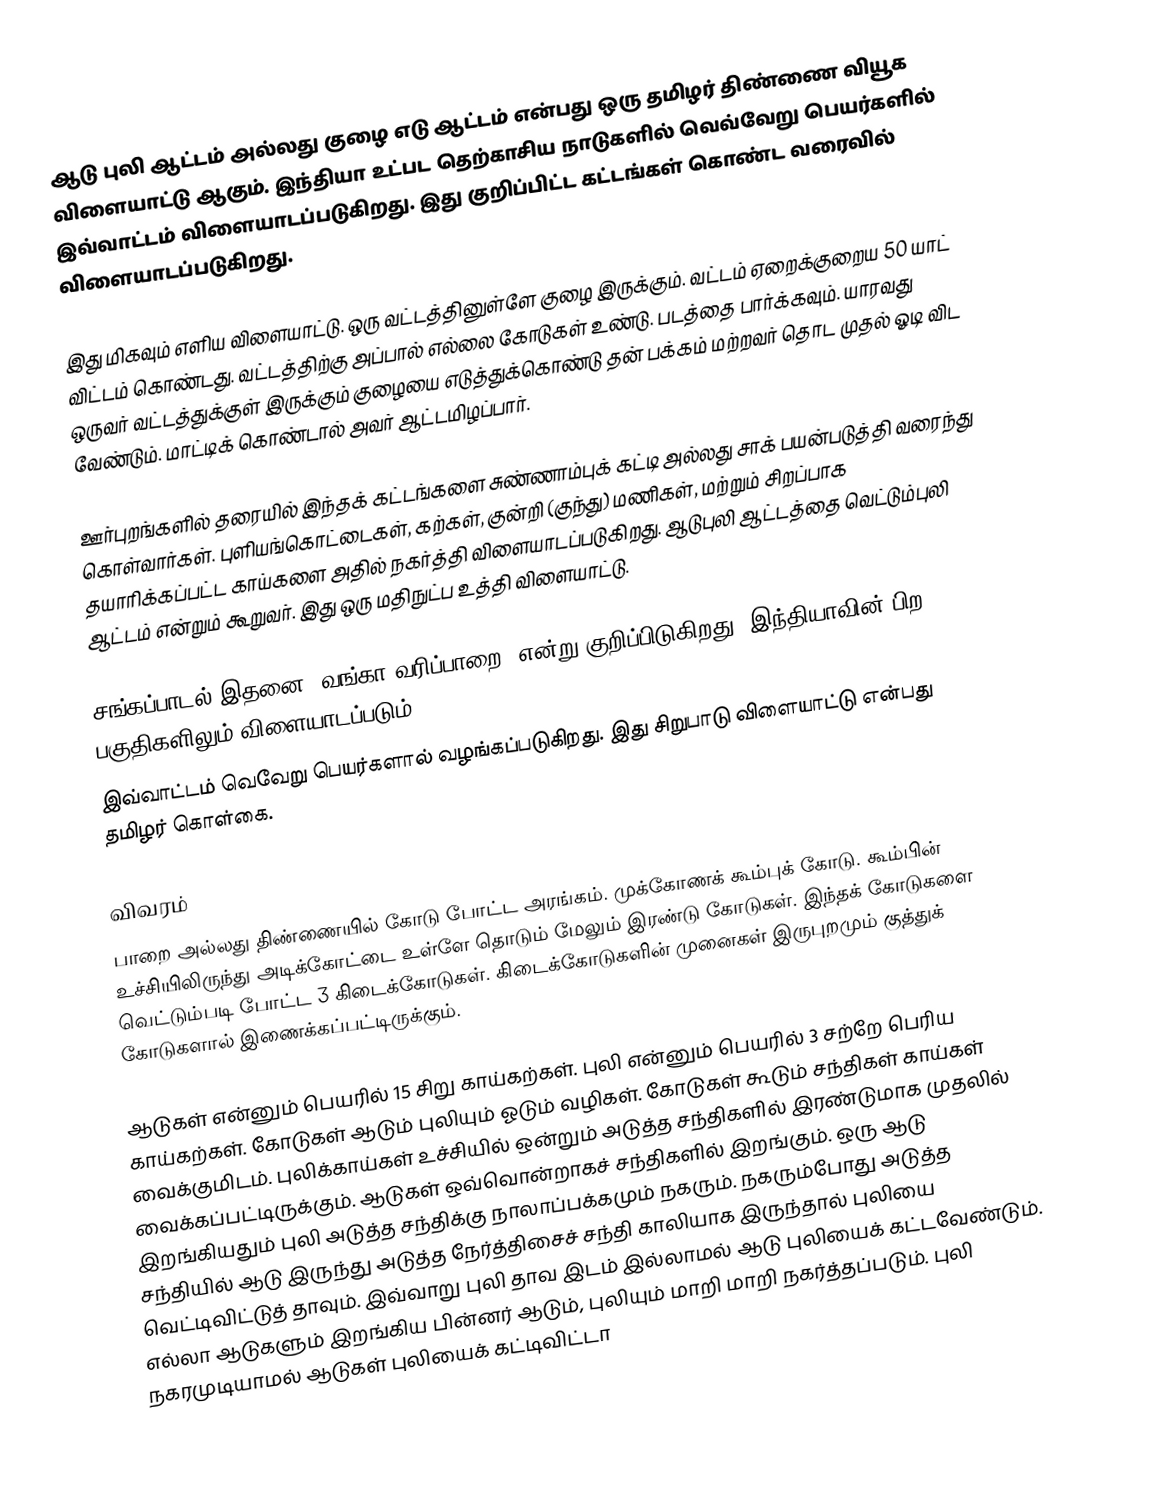
ஆடு புலி ஆட்டம் அல்லது குழை எடு ஆட்டம் என்பது ஒரு தமிழர் திண்ணை வியூக விளையாட்டு ஆகும். இந்தியா உட்பட தெற்காசிய நாடுகளில் வெவ்வேறு பெயர்களில் இவ்வாட்டம் விளையாடப்படுகிறது. இது குறிப்பிட்ட கட்டங்கள் கொண்ட வரைவில் விளையாடப்படுகிறது.

இது மிகவும் எளிய விளையாட்டு.  ஒரு வட்டத்தினுள்ளே குழை இருக்கும். வட்டம் ஏறைக்குறைய 50 யாட் விட்டம் கொண்டது. வட்டத்திற்கு அப்பால் எல்லை கோடுகள் உண்டு. படத்தை பார்க்கவும். யாரவது ஒருவர் வட்டத்துக்குள் இருக்கும் குழையை எடுத்துக்கொண்டு தன் பக்கம் மற்றவர் தொட முதல் ஓடி விட வேண்டும். மாட்டிக் கொண்டால் அவர் ஆட்டமிழப்பார்.

ஊர்புறங்களில் தரையில் இந்தக் கட்டங்களை சுண்ணாம்புக் கட்டி அல்லது சாக் பயன்படுத்தி வரைந்து கொள்வார்கள். புளியங்கொட்டைகள், கற்கள், குன்றி (குந்து) மணிகள், மற்றும் சிறப்பாக தயாரிக்கப்பட்ட காய்களை அதில் நகர்த்தி விளையாடப்படுகிறது. ஆடுபுலி ஆட்டத்தை வெட்டும்புலி ஆட்டம் என்றும் கூறுவர். இது ஒரு மதிநுட்ப உத்தி விளையாட்டு.

சங்கப்பாடல் இதனை ‘வங்கா வரிப்பாறை’ என்று குறிப்பிடுகிறது. இந்தியாவின் பிற பகுதிகளிலும் விளையாடப்படும்
இவ்வாட்டம் வெவேறு பெயர்களால் வழங்கப்படுகிறது. இது சிறுபாடு விளையாட்டு என்பது தமிழர் கொள்கை.

விவரம்
பாறை அல்லது திண்ணையில் கோடு போட்ட அரங்கம். முக்கோணக் கூம்புக் கோடு. கூம்பின் உச்சியிலிருந்து அடிக்கோட்டை உள்ளே தொடும் மேலும் இரண்டு கோடுகள். இந்தக் கோடுகளை வெட்டும்படி போட்ட 3 கிடைக்கோடுகள். கிடைக்கோடுகளின் முனைகள் இருபுறமும் குத்துக் கோடுகளால் இணைக்கப்பட்டிருக்கும்.

ஆடுகள் என்னும் பெயரில் 15 சிறு காய்கற்கள். புலி என்னும் பெயரில் 3 சற்றே பெரிய காய்கற்கள். கோடுகள் ஆடும் புலியும் ஓடும் வழிகள். கோடுகள் கூடும் சந்திகள் காய்கள் வைக்குமிடம். புலிக்காய்கள் உச்சியில் ஒன்றும் அடுத்த சந்திகளில் இரண்டுமாக முதலில் வைக்கப்பட்டிருக்கும். ஆடுகள் ஒவ்வொன்றாகச் சந்திகளில் இறங்கும். ஒரு ஆடு இறங்கியதும் புலி அடுத்த சந்திக்கு நாலாப்பக்கமும் நகரும். நகரும்போது அடுத்த சந்தியில் ஆடு இருந்து அடுத்த நேர்த்திசைச் சந்தி காலியாக இருந்தால் புலியை வெட்டிவிட்டுத் தாவும். இவ்வாறு புலி தாவ இடம் இல்லாமல் ஆடு புலியைக் கட்டவேண்டும். எல்லா ஆடுகளும் இறங்கிய பின்னர் ஆடும், புலியும் மாறி மாறி நகர்த்தப்படும். புலி நகரமுடியாமல் ஆடுகள் புலியைக் கட்டிவிட்டா